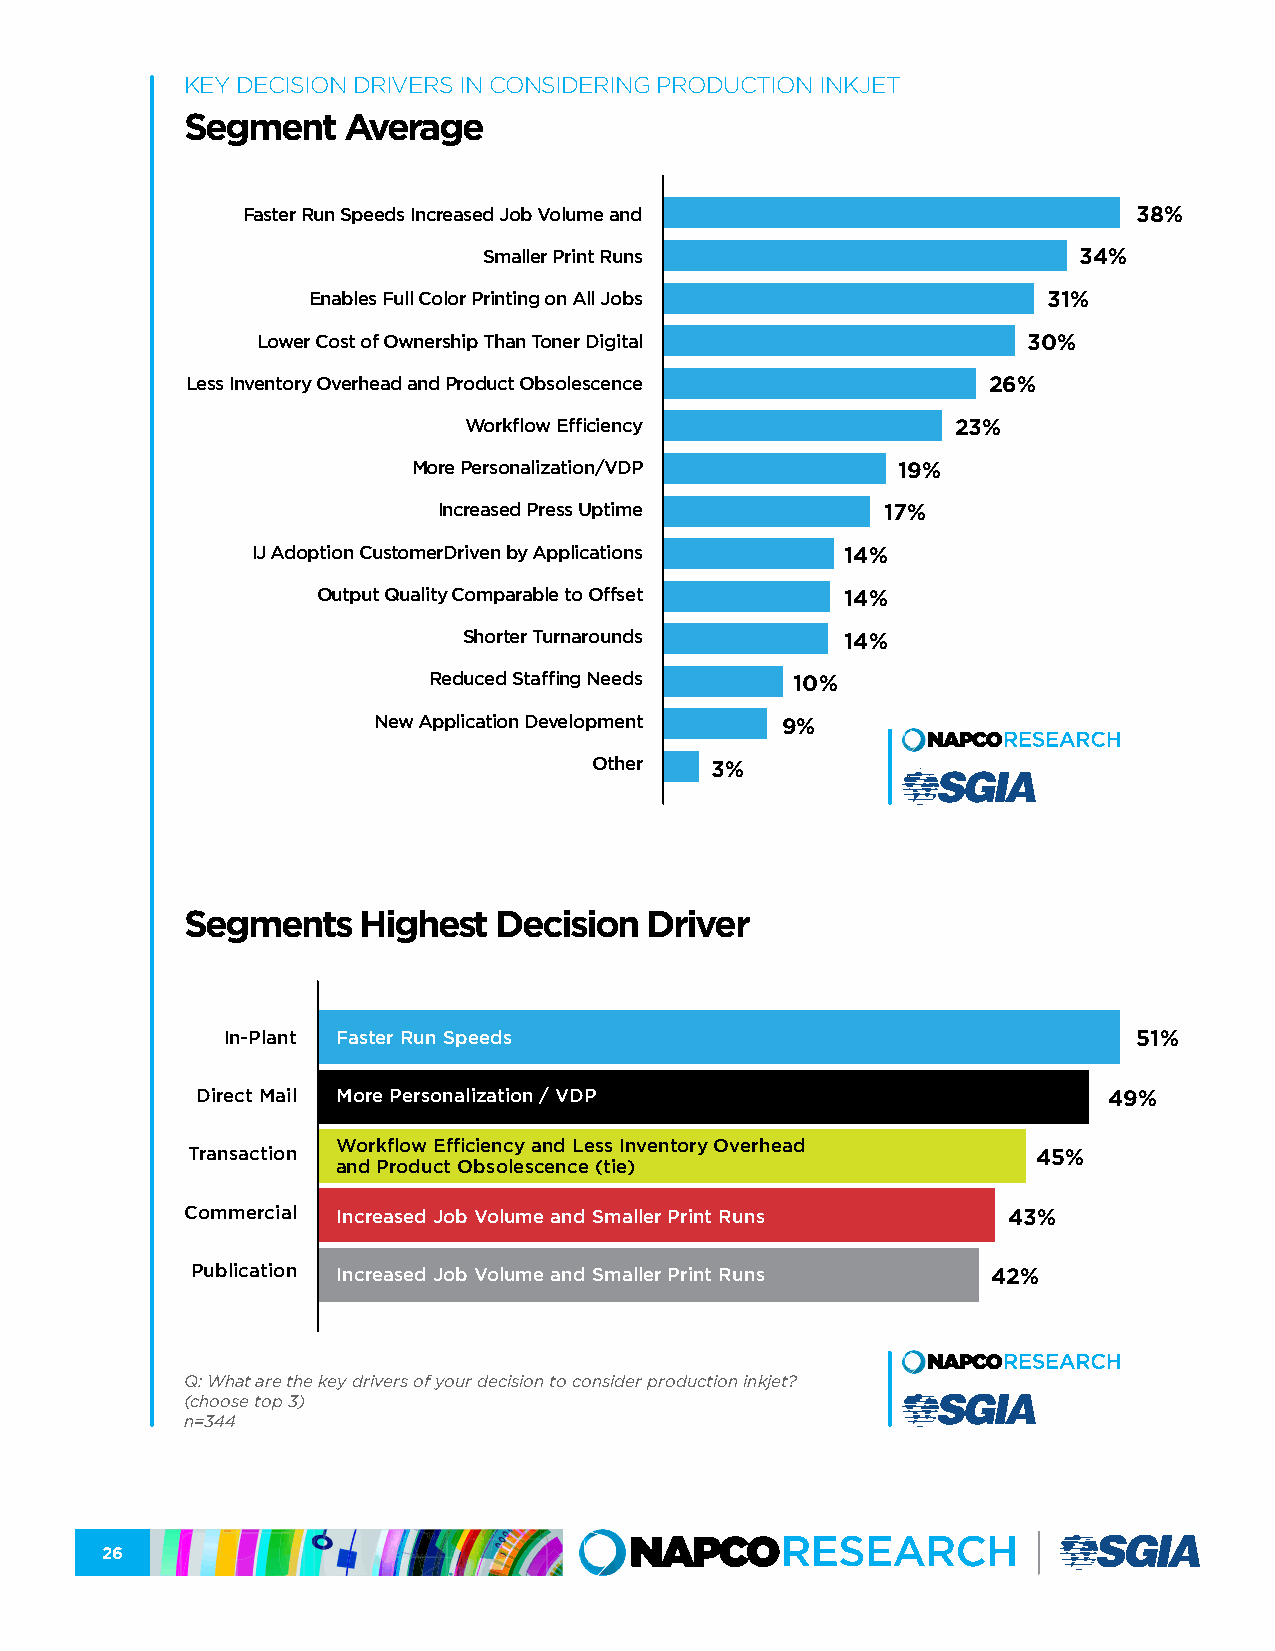
KEY DECISION DRIVERS IN CONSIDERING PRODUCTION INKJET
 Segment    Average
 Faster Run Speeds Increased Job Volume and                 38%
 Smaller Print Runs                     34%
 Enables Full Color Printing on All Jobs          31%
 Lower Cost of Ownership Than Toner Digital         30%
 Less Inventory Overhead and Product Obsolescence     26%
 Workflow Efficiency             23%
 More Personalization/VDP        19%
 Increased Press Uptime        17%
 IJ Adoption CustomerDriven by Applications 14%
 Output Quality Comparable to Offset 14%
 Shorter Turnarounds      14%
 Reduced Staffing Needs  10%
 New Application Development 9%
 Other   3%
 Segments    Highest  Decision  Driver
 In-Plant Faster Run Speeds                                  51%
 Direct Mail More Personalization / VDP                      49%
 Workflow Efficiency and Less Inventory Overhead
 Transaction                                              45%
 and Product Obsolescence (tie)
 Commercial Increased Job Volume and Smaller Print Runs 43%
 Publication Increased Job Volume and Smaller Print Runs 42%
 Q: What are the key drivers of your decision to consider production inkjet?
 (choose top 3)
 n=344
 26